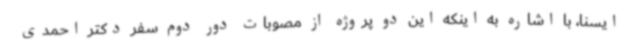
ایسنا، با اشاره به اینکه این دو پروژه از مصوبات دور دوم سفر دکتر احمدی